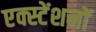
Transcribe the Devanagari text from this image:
एक्स्टेंशनों